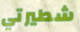
شطيرتي